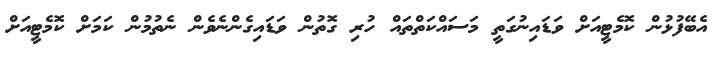
އެބޭފުޅުން ކޮމެޓީއަށް ވަޑައިނުގަތީ މަސައްކަތްތައް ހުރި ގޮތުން ވަޑައިގެންނެވެން ނެތުމުން ކަމަށް ކޮމެޓީއަށް